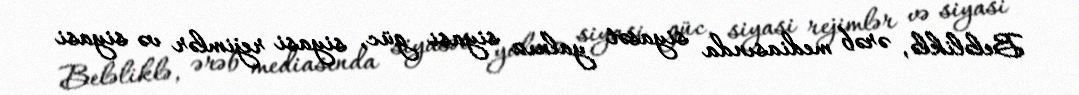
Beləliklə, ərəb mediasında siyasət yalnız siyasi güc, siyasi rejimlər və siyasi